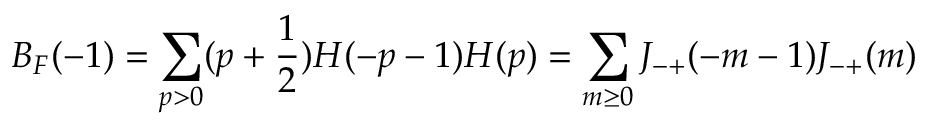
B _ { F } ( - 1 ) = \sum _ { p > 0 } ( p + \frac { 1 } { 2 } ) H ( - p - 1 ) H ( p ) = \sum _ { m \ge 0 } J _ { - + } ( - m - 1 ) J _ { - + } ( m )